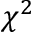
\chi ^ { 2 }